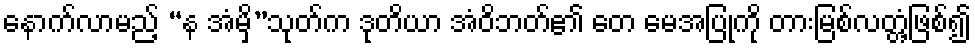
နောက်လာမည့် “န အံမှိ”သုတ်က ဒုတိယာ အံဝိဘတ်၏ တေ မေအပြုကို တားမြစ်လတ္တံ့ဖြစ်၍